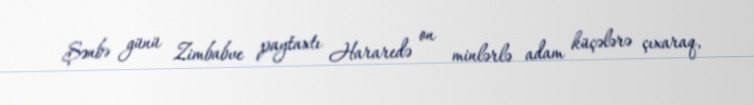
Şənbə günü Zimbabve paytaxtı Hararedə on minlərlə adam küçələrə çıxaraq,